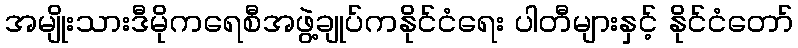
အမျိုးသားဒီမိုကရေစီအဖွဲ့ချုပ်ကနိုင်ငံရေး ပါတီများနှင့် နိုင်ငံတော်